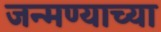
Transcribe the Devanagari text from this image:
जन्मण्याच्या